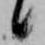
候